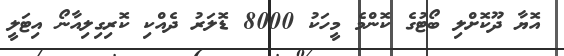
އޮޔާ ދޫކޮށްލި ބޯޓުގެ ކޮންމެ މީހަކު 8000 ޑޮލަރު ދެއްކި ކޮރިގިލިއާނޯ އިޓަލީ